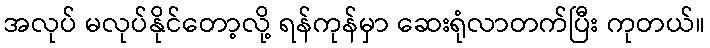
အလုပ် မလုပ်နိုင်တော့လို့ ရန်ကုန်မှာ ဆေးရုံလာတက်ပြီး ကုတယ်။